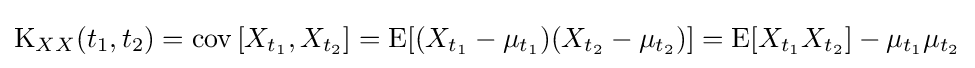
\operatorname {K} _{XX}(t_{1},t_{2})=\operatorname {cov} \left[X_{t_{1}},X_{t_{2}}\right]=\operatorname {E} [(X_{t_{1}}-\mu _{t_{1}})(X_{t_{2}}-\mu _{t_{2}})]=\operatorname {E} [X_{t_{1}}X_{t_{2}}]-\mu _{t_{1}}\mu _{t_{2}}